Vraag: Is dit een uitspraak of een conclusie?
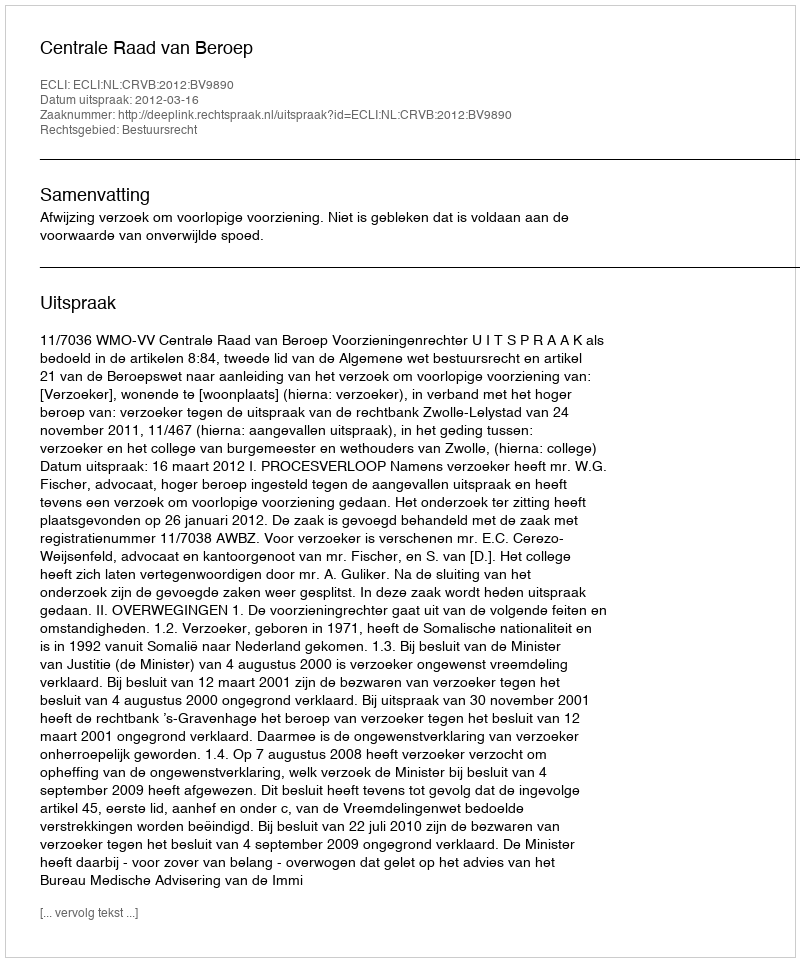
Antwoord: Uitspraak